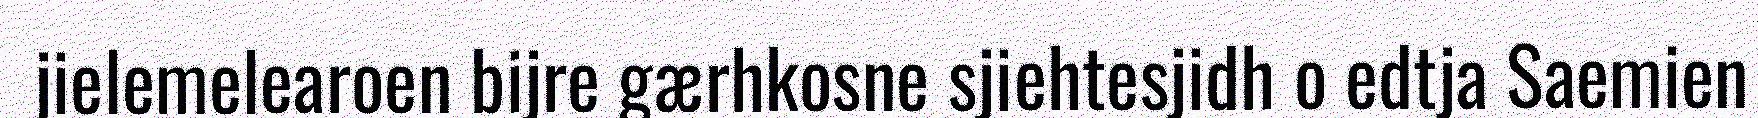
jielemelearoen bijre gærhkosne sjiehtesjidh o edtja Saemien